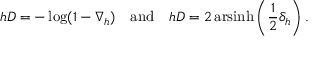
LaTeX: h D = - \log ( 1 - \nabla _ { h } ) \quad { \mathrm { a n d } } \quad h D = 2 \operatorname { a r s i n h } \left( { \frac { 1 } { 2 } } \delta _ { h } \right) .